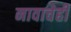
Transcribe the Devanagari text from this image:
नावाचेही